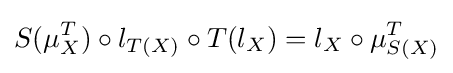
S(\mu _{X}^{T})\circ l_{T(X)}\circ T(l_{X})=l_{X}\circ \mu _{S(X)}^{T}